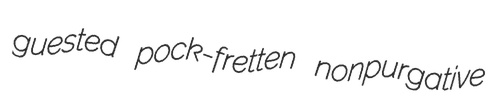
guested pock-fretten nonpurgative